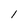
Character: 1